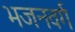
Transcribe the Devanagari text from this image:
भजनवर्ग